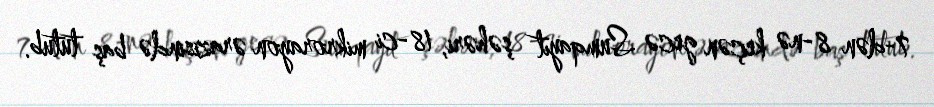
7-dən 8-nə keçən gecə Sumqayıt şəhəri, 18-ci mikrorayon ərazisində baş tutub.